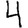
Digit: 4